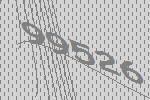
99526